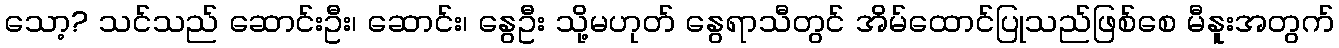
သော့? သင်သည် ဆောင်းဦး၊ ဆောင်း၊ နွေဦး သို့မဟုတ် နွေရာသီတွင် အိမ်ထောင်ပြုသည်ဖြစ်စေ မီနူးအတွက်